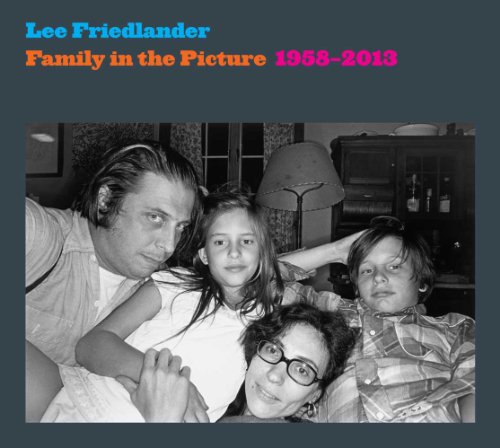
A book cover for Family in the Picture, 1958EE2013 (Yale University Art Gallery); Lee Friedlander; Arts & Photography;